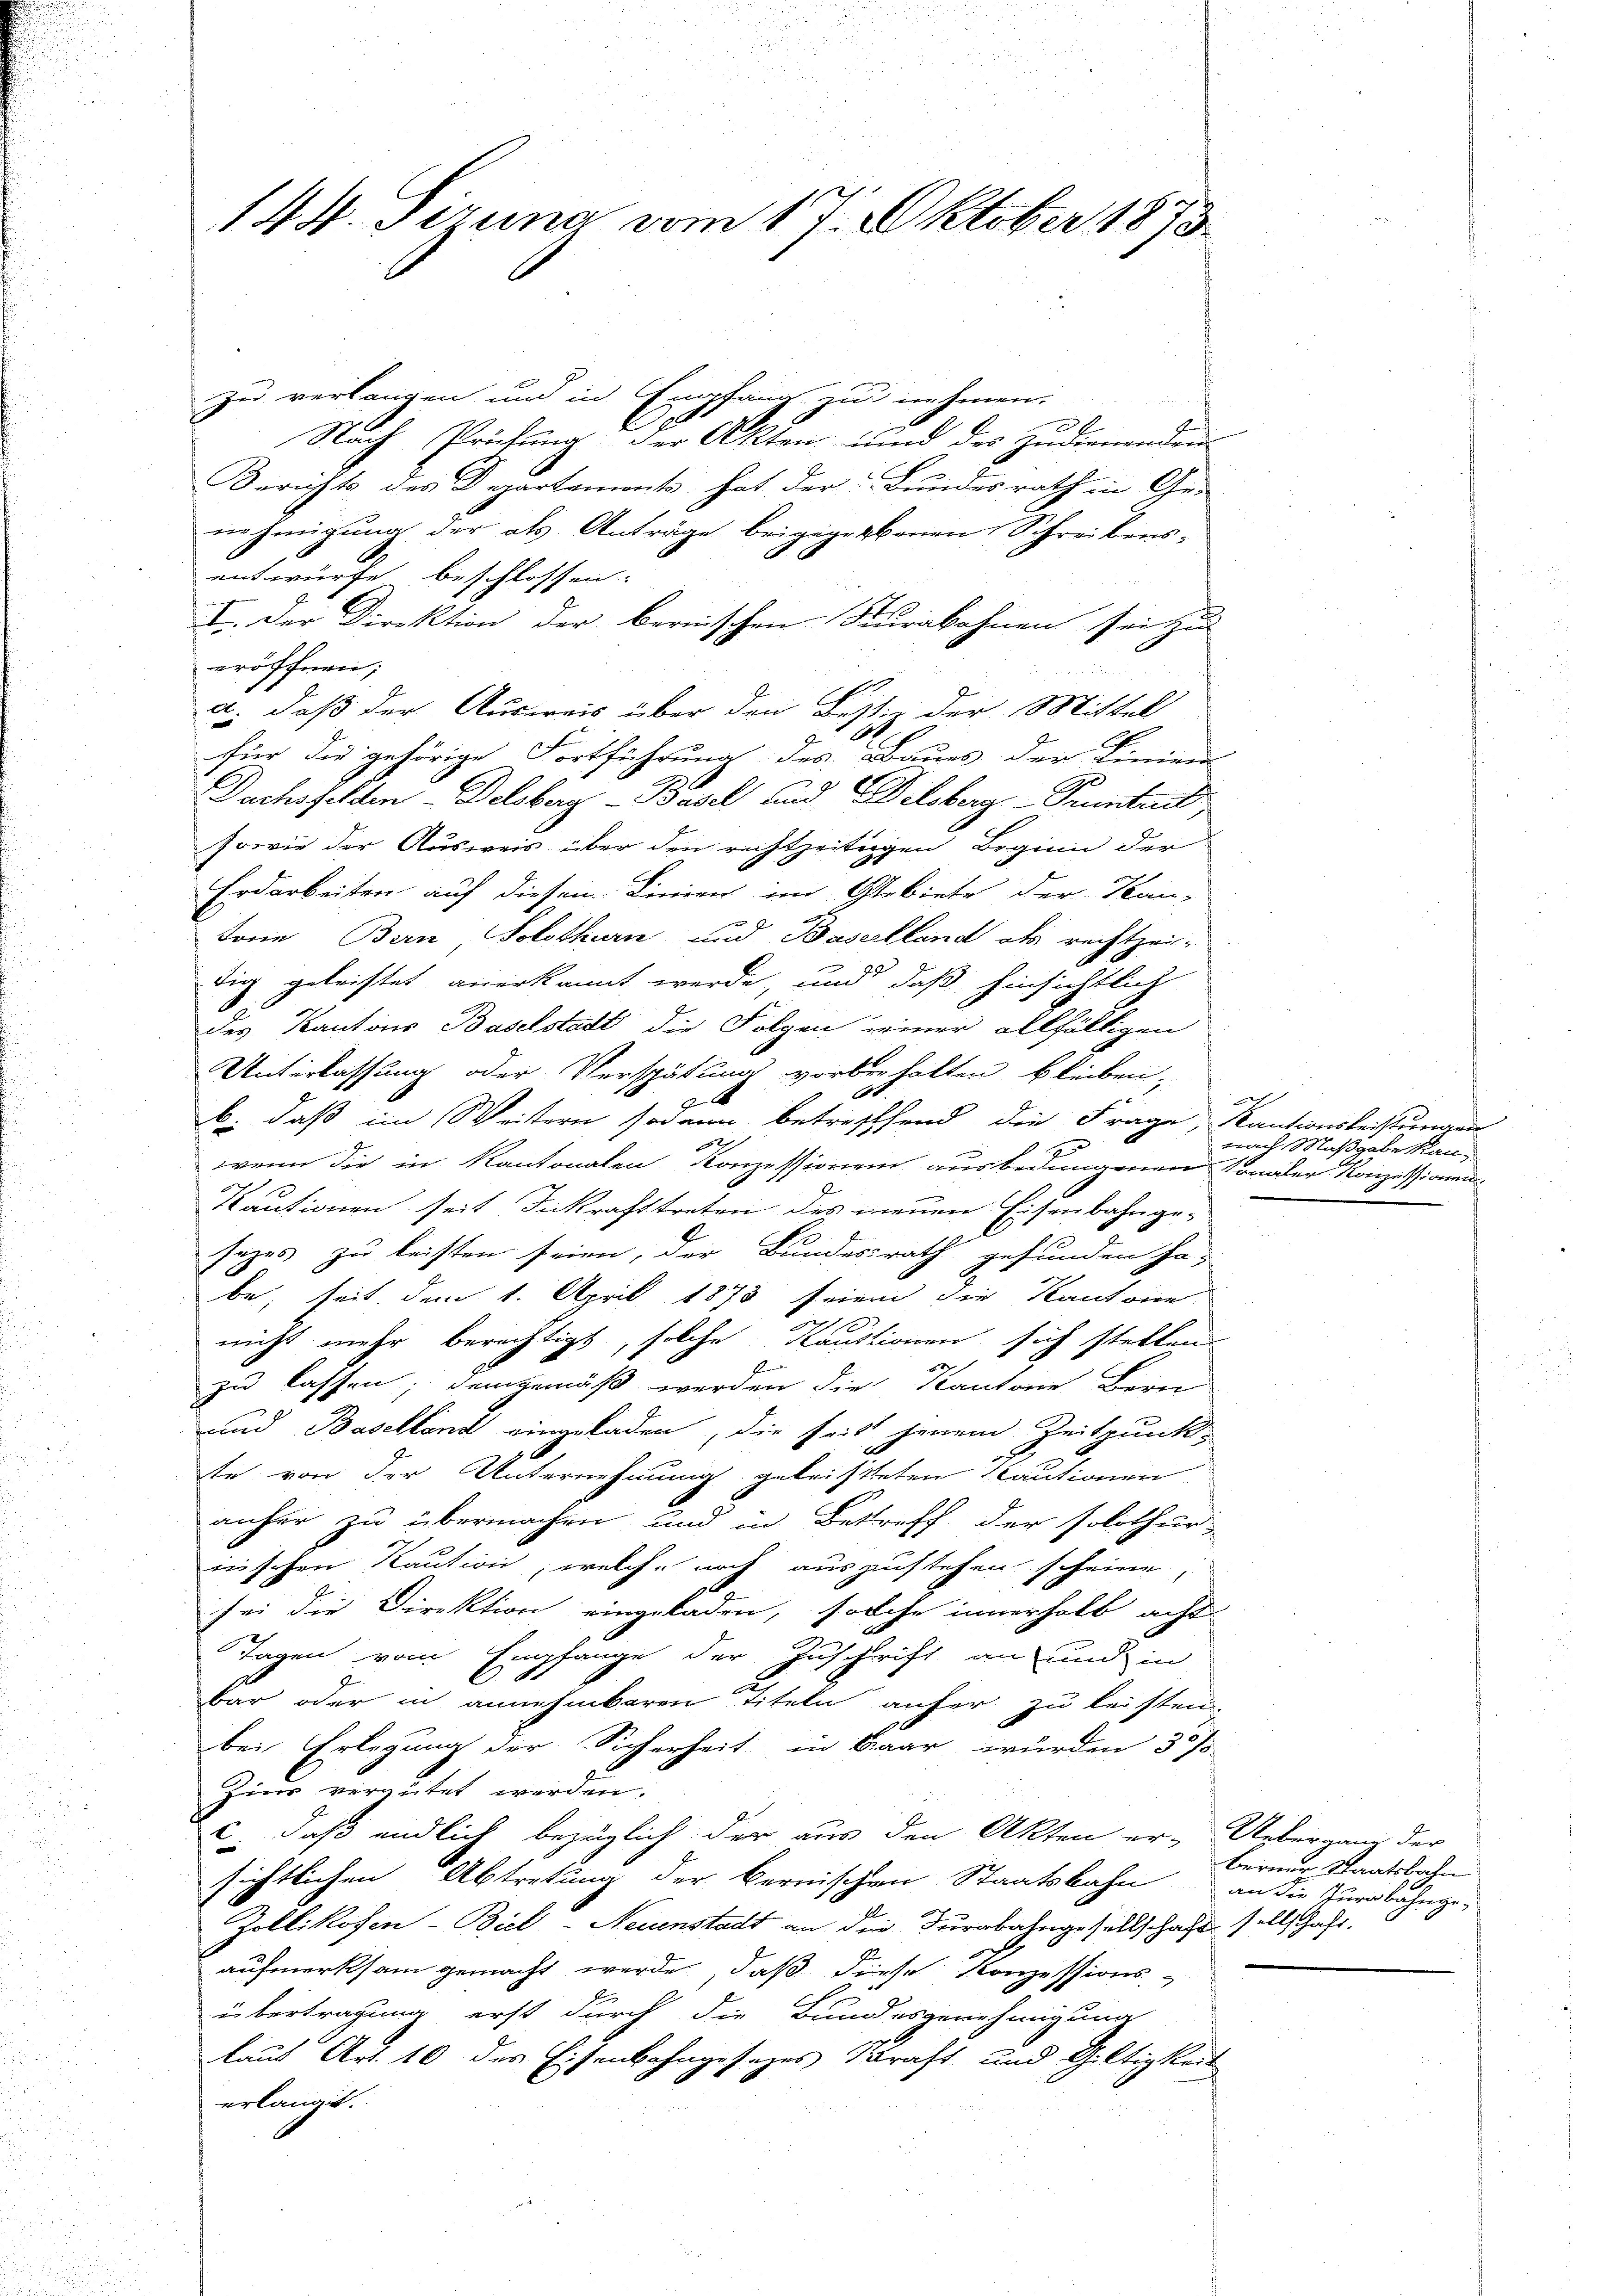
144. Piruna vom 17. Oktober 1873.

zu verlangen und in Empfang zu nehmen.
2
Nach Prüfung der Akten und des Zudienenden-
Berichts des Departement hat der Bundesrath in Ge-
ie Einigung der als Anträge beigegebenen Schreibens-
entwürfe beschlossen:
I. Der Direktion der bernischen Furabahnen sei zu
eröffnen;
a. daß der Ausweis über den Bestie der Mittel
A
für die gehörige Fortführung des Baues der Linien
2
Dachsfelden Delsberg-Basel und Delsberg-Pruntend,
sowie der Ausweis über den rechtzeitigen Beginn der
Erdarbeiten auf diesem Linien im Gebiete der Kan-
tone Bern Solothurn und Baselland als rechtzeit-
28
dig geleistet anerkannt werde, und daß hinsichtlich
des Kantons Baselstadt die Folgen seiner allfälligen
Unterlassung oder Verspätung vorbehalten bleiben,
s
g
b. daß im Weitern sodann betreffend die Frage, Kautionsleistungen

g
wenn die in Kantonalen Konzessionen ausbedungenen Sonder Konzessionen
Kautionen seit Inkrafttreten des neuen Eisenbahnge-
sezes zu leisten seien, der Bundesrath gefunden ha
be, seit dem 1. April 1873 seien die Kantone
nicht mehr berechtigt, solche Kautionen sich stellen
3
zu lassen; demgemäß werden die Kantone Bern
und Baselland eingeladen, die seit jenem Zeitpunk
te von der Unternehmung getristeten Kautionen
anher zu übermachen und in Bestreff der solothur-
nischen Kaution, welche noch auszustehen scheine,
sei die Direktion eingeladen, solche innerhalb acht
Tagen vom Empfange der Zuschrift an und in
bar oder in annehmbaren Titeln anfer zu leisten
bei Erlegung der Sicherheit in Baar wurden 30/3
Zir vergütet werden.
c., daß endlich bezüglich der aus den Akten er-Uebergang der
sichtlichen Abtretung der bernischen Staatsbahn
Zollikofen-Biel-Neuenstadt an die Furabahngesellschaft soll Jahr.
aufmerksam gemacht werde, daß diese Konzessions-
übertragung erst durch die Bundesgenehmigung
laus Art. 10 des Eisenbahngesezes Kraft und Giltigkeit
erlangt.

a
nach Maßgabe kan-

berner Staatsbahn
an die Jurabahnge-